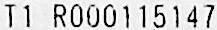
T1 R000115147